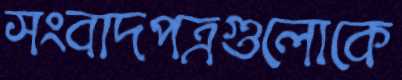
সংবাদপত্রগুলোকে